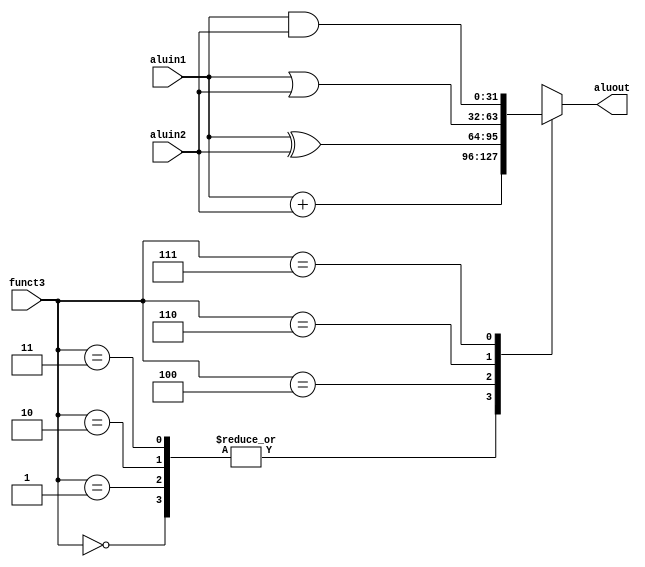
/*
 * *****************************************************************
 * Category: alu
 * File Created: 2018/12/19 23:48
 * *****
 * Modified By: Takuya Shono ( ta.shono+1@gmail.com )
 * *****
 * Copyright 2018 - 2018  Project RockWave
 * *****************************************************************
 * Description:
 *   
 * *****************************************************************
 * HISTORY:
 * Date      	By        	Comments
 * ----------	----------	----------------------------------------
 * 2018/12/19	Takuya Shono	First Version
 * *****************************************************************
 */

module alu (
    aluin1,
    aluin2,
    funct3,
    aluout
    );
    
    parameter XLEN = 32;

    input  wire [XLEN-1:0] aluin1;
    input  wire [XLEN-1:0] aluin2;
    input  wire [2:0] funct3;
    output wire [XLEN-1:0] aluout;

    function [XLEN-1:0] calc( 
        input [2:0] funct3,
        input [XLEN-1:0] aluin1,
        input [XLEN-1:0] aluin2
        );        
        begin
            case( funct3 )
                    3'b000  : calc = aluin1 + aluin2; //ADD 
 //                   3'b000  : calc = aluin1 - aluin2; //SUB 
                    3'b001  : calc = aluin1 + aluin2; //SLL 
                    3'b010  : calc = aluin1 + aluin2; //SLT 
                    3'b011  : calc = aluin1 + aluin2; //SLTU 
                    3'b100  : calc = aluin1 ^ aluin2; //
 //                   3'b101  : calc = aluin1 + aluin2; //
 //                   3'b101  : calc = aluin1 + aluin2; //
                    3'b110  : calc = aluin1 | aluin2; //OR                    
                    3'b111  : calc = aluin1 & aluin2; //
            endcase
        end
    endfunction

    assign aluout = calc( funct3, aluin1, aluin2 );

endmodule // alu